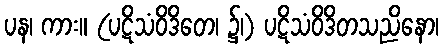
ပန၊ ကား။ (ပဋိသံဝိဒိတေ၊ ၌၊) ပဋိသံဝိဒိတသညိနော၊